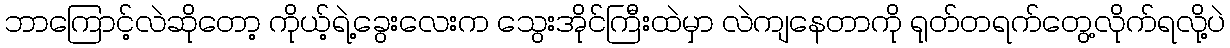
ဘာကြောင့်လဲဆိုတော့ ကိုယ့်ရဲ့ခွေးလေးက သွေးအိုင်ကြီးထဲမှာ လဲကျနေတာကို ရုတ်တရက်တွေ့လိုက်ရလို့ပဲ